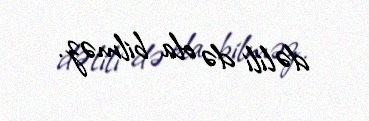
dəlili də ola bilməz.